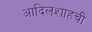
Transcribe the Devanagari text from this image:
आदिलशाहची